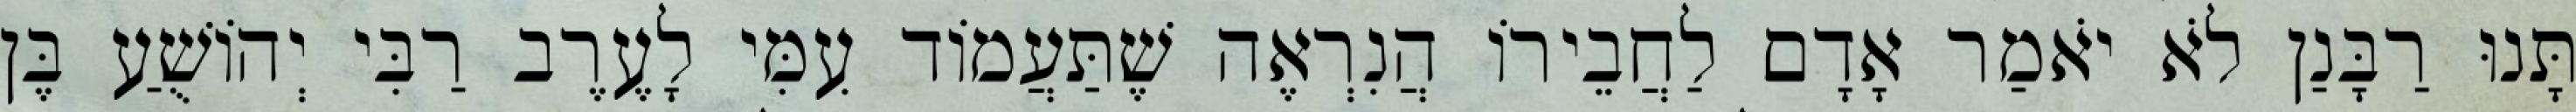
תָּנוּ רַבָּנַן לֹא יֹאמַר אָדָם לַחֲבֵירוֹ הֲנִרְאֶה שֶׁתַּעֲמוֹד עִמִּי לָעֶרֶב רַבִּי יְהוֹשֻׁעַ בֶּן